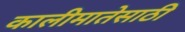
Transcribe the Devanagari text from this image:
कालीमातेसाठी